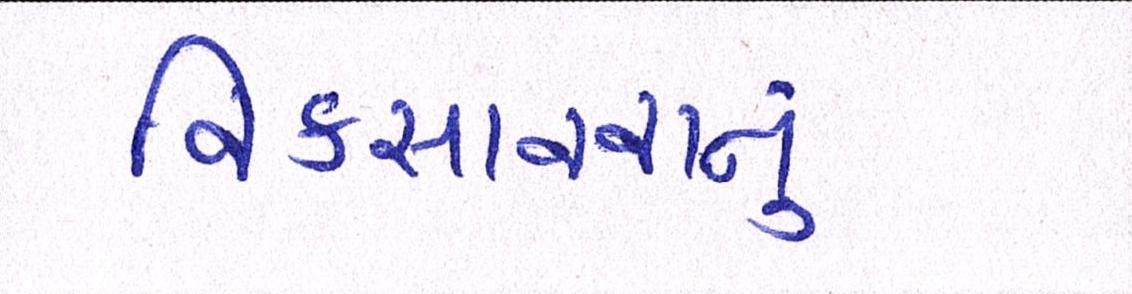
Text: વિકસાવવાનું